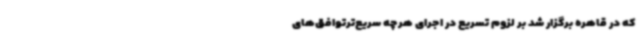
که در قاهره برگزار شد بر لزوم تسریع در اجرای هرچه سریع‌ترتوافق‌های